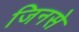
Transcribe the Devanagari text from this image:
जिनसे